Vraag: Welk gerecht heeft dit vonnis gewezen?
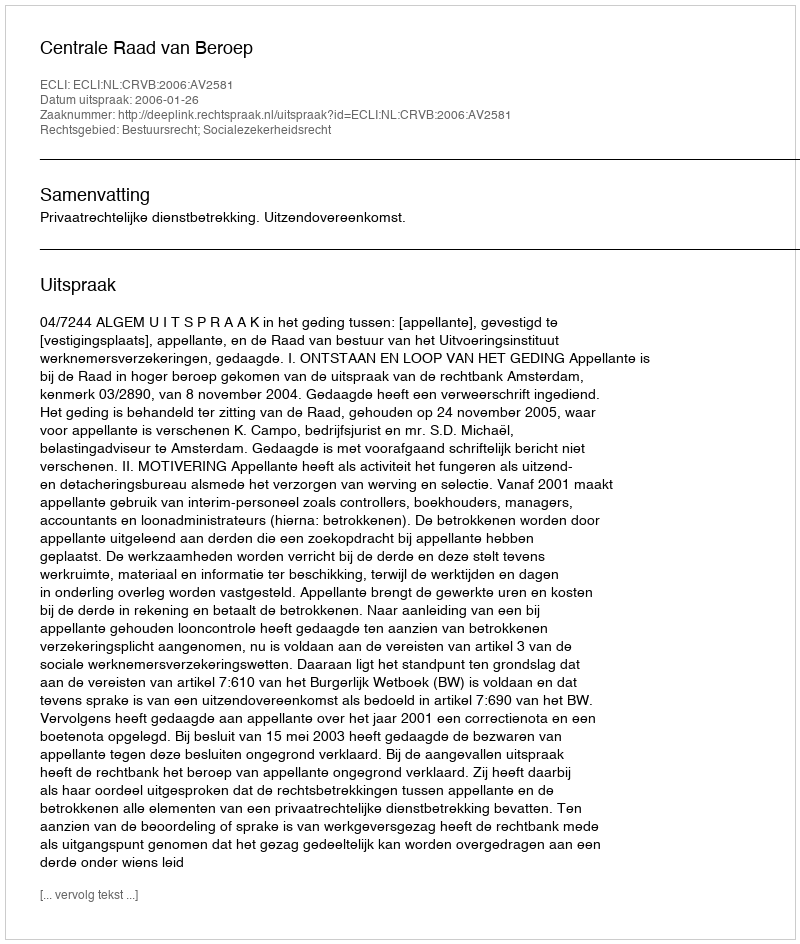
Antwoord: Centrale Raad van Beroep